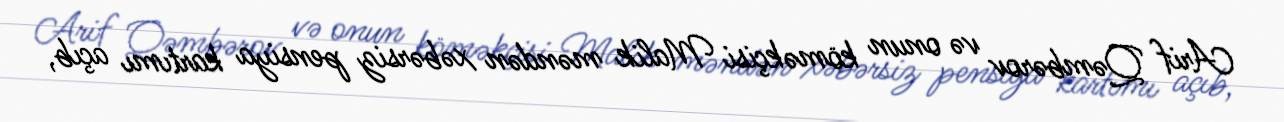
Arif Qəmbərov və onun köməkçisi Malik məndən xəbərsiz pensiya kartımı açıb,